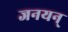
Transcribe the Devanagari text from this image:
जनयन्